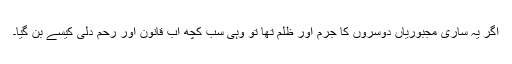
اگر یہ ساری مجبوریاں دوسروں کا جرم اور ظلم تھا تو وہی سب کچھ اب قانون اور رحم دلی کیسے بن گیا۔